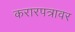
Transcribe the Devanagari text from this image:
करारपत्रावर